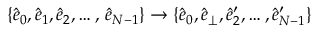
\{ \hat { e } _ { 0 } , \hat { e } _ { 1 } , \hat { e } _ { 2 } , \dots , \, \hat { e } _ { N - 1 } \} \rightarrow \{ \hat { e } _ { 0 } , \hat { e } _ { \perp } , \hat { e } _ { 2 } ^ { \prime } , \dots , \hat { e } _ { N - 1 } ^ { \prime } \}